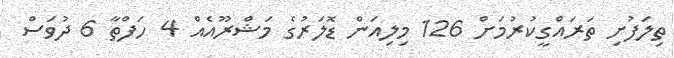
ތިލަފުށި ތަރައްގީކުރުމަށް 126 މިލިއަން ޑޮލަރުގެ މަޝްރޫއެއް 4 ހަފްތާ 6 ދުވަސް